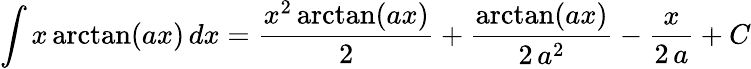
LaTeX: \int x\arctan(ax)\, dx={\frac{x^{2}\arctan(ax)}{2}}+{\frac{\arctan(ax)}{2\, a^{2}}}-{\frac{x}{2\, a}}+C